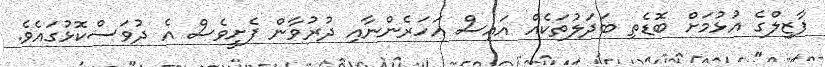
ފާޒިލްގެ އުޅުމަށް ބޮޑެތި ބަދަލުތަކެއް އައިސް އަހަރެންނާއި ދުރުވާން ފެށީވެސް އެ ދުވަސްކޮޅުގައެވެ.